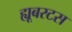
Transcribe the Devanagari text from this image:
ह्यूबरटस